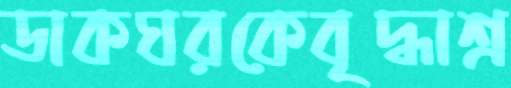
ডাকঘরকেবৃদ্ধাশ্র